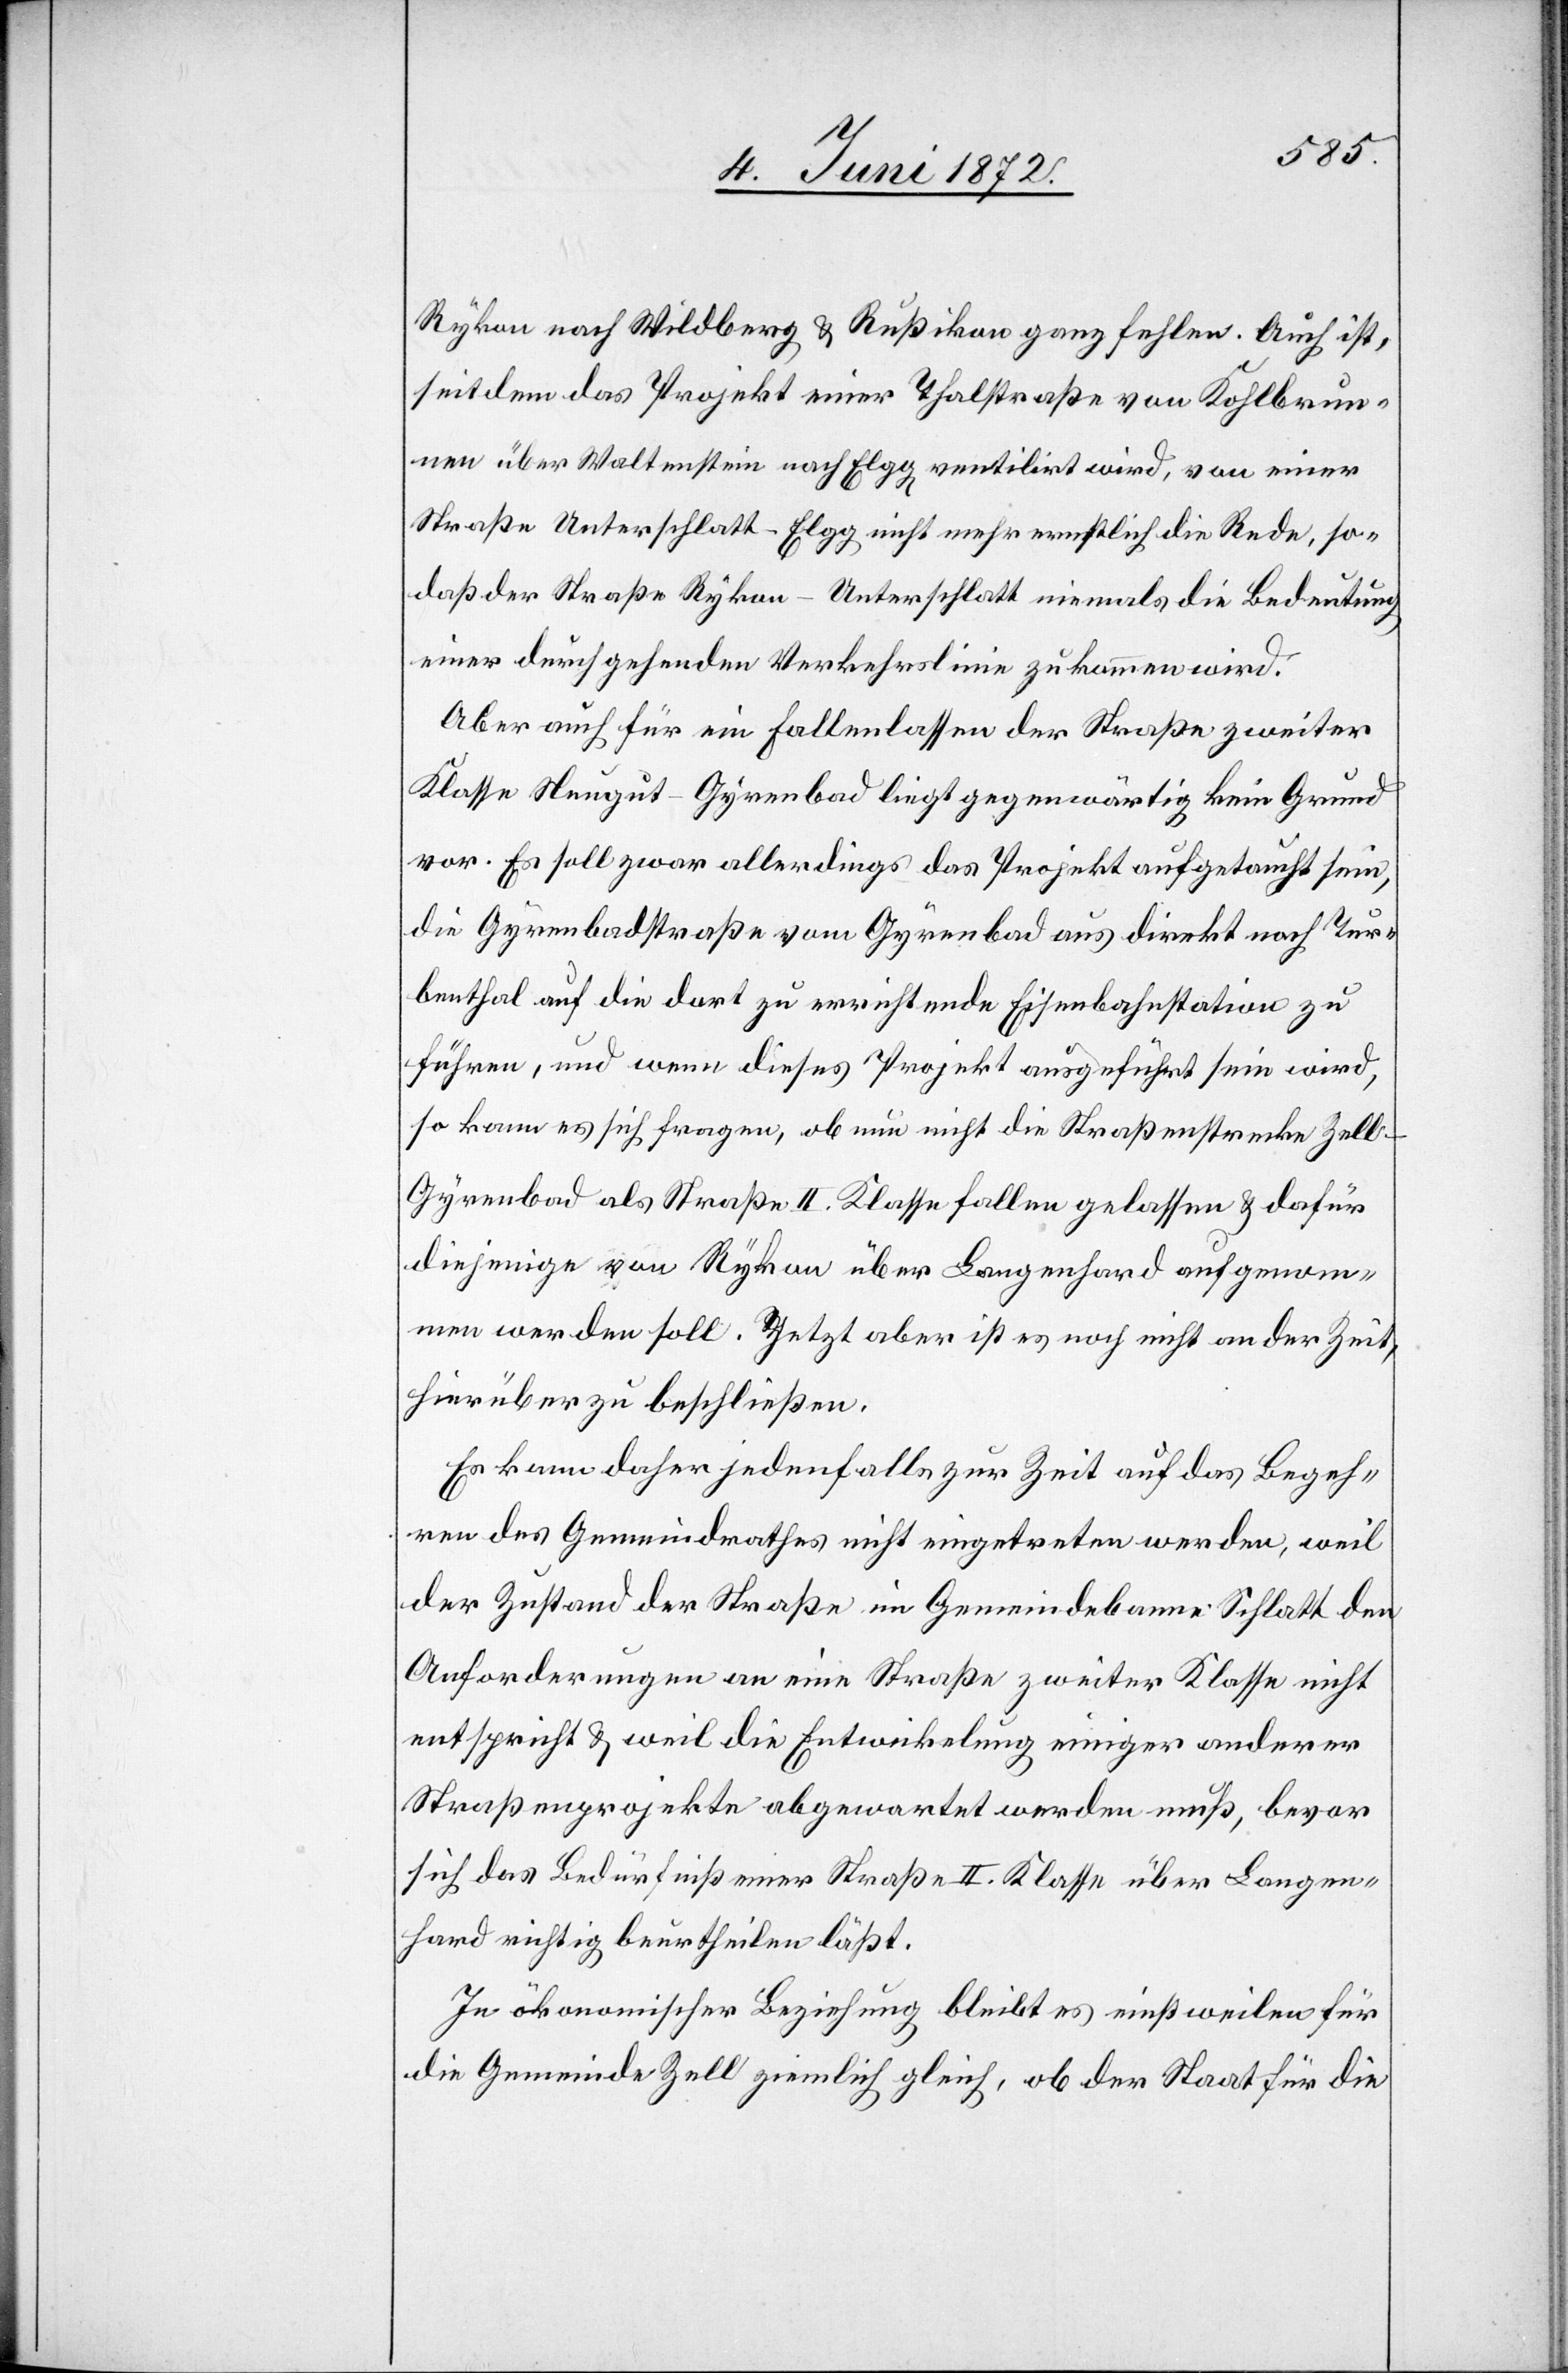
Rykon nach Wildberg u. Rußikon ganz fehlen. Auch ist,
seitdem das Projekt einer Thalstraße von Kohlbrun¬
nen über Waltenstein nach Elgg ventilirt wird, von einer
Straße Unterschlatt–Elgg nicht mehr ernstlich die Rede, so¬
daß der Straße Rykon–Unterschlatt niemals die Bedeutung
einer durchgehenden Verkehrslinie zukommen wird.
Aber auch für ein Fallenlassen der Straße zweiter
Klasse Neugut–Gyrenbad liegt gegenwärtig kein Grund
vor. Es soll zwar allerdings das Projekt aufgetaucht sein,
die Gyrenbadstraße vom Gyrenbad aus direkt nach Tur¬
benthal auf die dort zu errichtende Eisenbahnstation zu
führen, und wenn dieses Projekt ausgeführt sein wird,
so kann es sich fragen, ob nun nicht die Straßenstrecke Zell–G¬
yrenbad als Straße II. Klasse fallen gelassen u. dafür
diejenige von Rykon über Langenhard aufgenom¬
men werden soll. Jetzt aber ist es noch nicht an der Zeit,
hierüber zu beschließen.
Es kann daher jedenfalls zur Zeit auf das Begeh¬
ren des Gemeindrathes nicht eingetreten werden, weil
der Zustand der Straße im Gemeindebanne Schlatt den
Anforderungen an eine Straße zweiter Klasse nicht
entspricht u. weil die Entwickelung [sic!] einiger anderer
Straßenprojekte abgewartet werden muß, bevor
sich das Bedürfniß einer Straße II. Klasse über Langen¬
hard richtig beurtheilen läßt.
In ökonomischer Beziehung bleibt es einstweilen für
die Gemeinde Zell ziemlich gleich, ob der Staat für die